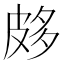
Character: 𤿦